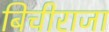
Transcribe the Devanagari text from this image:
बिचीराजा